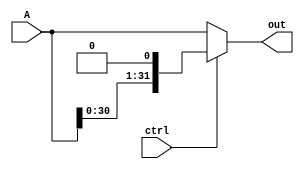
module sll1(out, A, ctrl);
    input [31:0] A;
    output [31:0] out; 

    wire [31:0] temp; 
    input ctrl;

    assign temp[31:1] = A[30:0];
    assign temp[0] = 0;

    assign out = ctrl ? temp : A;

endmodule